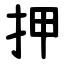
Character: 押